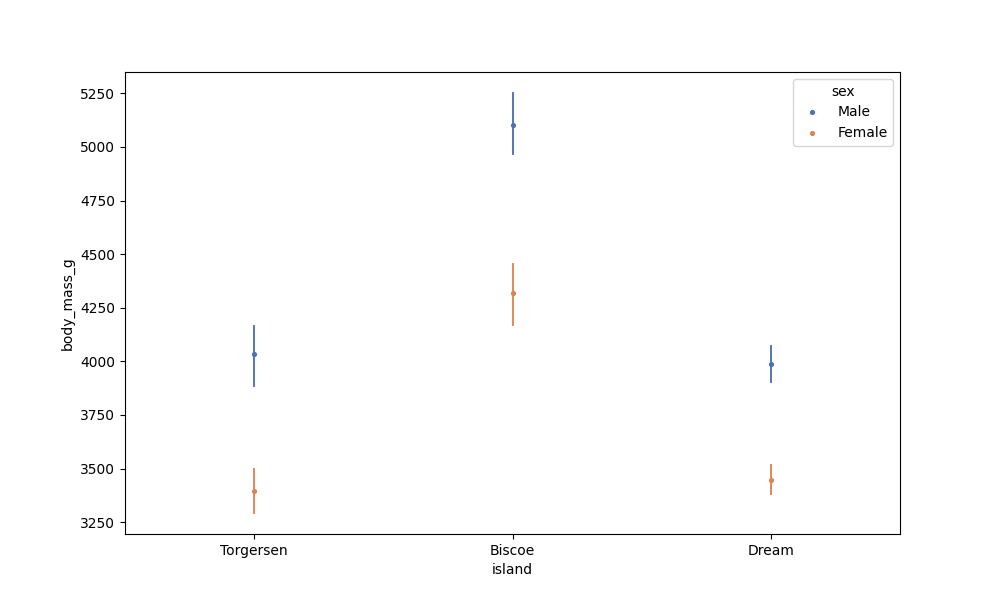
python, seaborn, pointplot, scale=0.5, join=False, hue='sex', palette='deep'